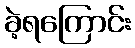
ခဲ့ရကြောင်း